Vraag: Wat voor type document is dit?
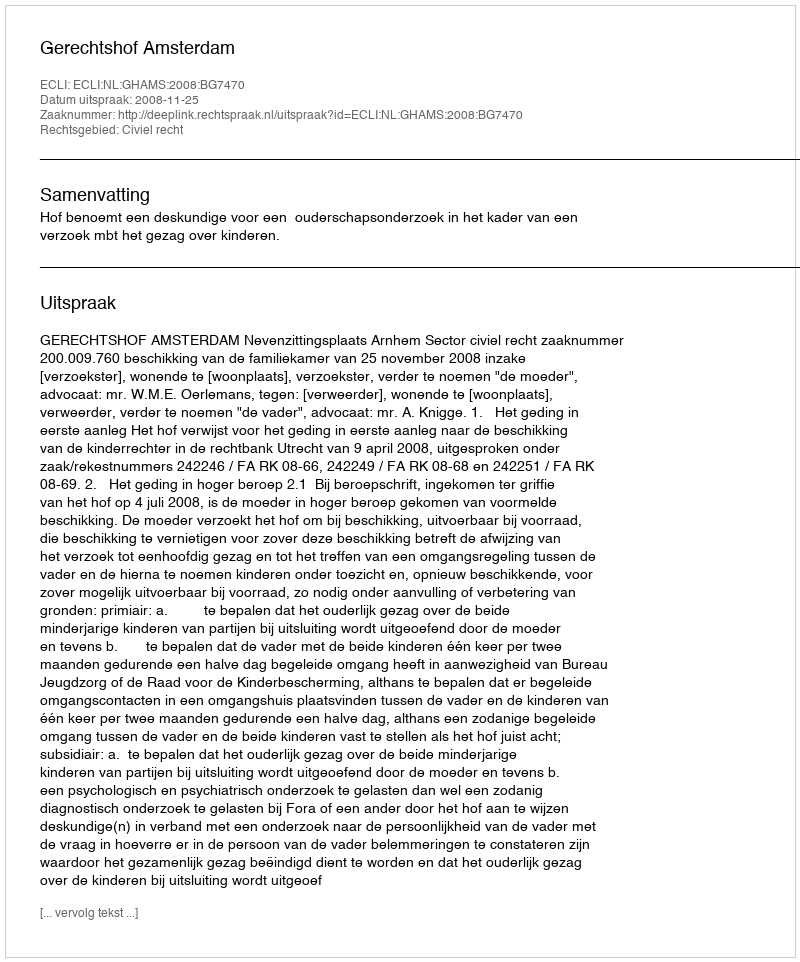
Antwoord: Uitspraak